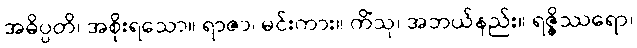
အဓိပ္ပတိ၊ အစိုးရသော။ ရာဇာ၊ မင်းကား။ ကိံသု၊ အဘယ်နည်း။ ရဇ္ဇိဿရော၊